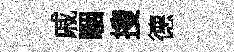
戚駰搜德